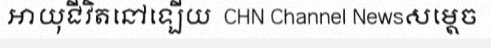
អាយុជីវិតនៅឡើយ  CHN Channel Newsសម្តេច